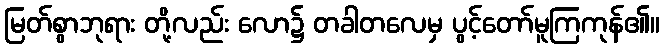
မြတ်စွာဘုရား တို့လည်း လော၌ တခါတလေမှ ပွင့်တော်မူကြကုန်၏။